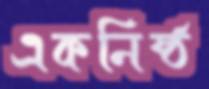
একনিষ্ঠ